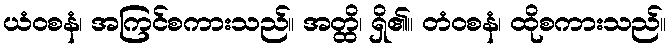
ယံဝစနံ၊ အကြင်စကားသည်။ အတ္ထိ၊ ရှိ၏။ တံဝစနံ၊ ထိုစကားသည်။